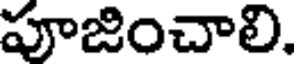
పూజించాలి.